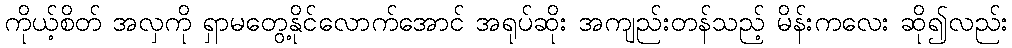
ကိုယ့်စိတ် အလှကို ရှာမတွေ့နိုင်လောက်အောင် အရုပ်ဆိုး အကျည်းတန်သည့် မိန်းကလေး ဆို၍လည်း